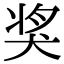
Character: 奖